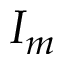
I _ { m }